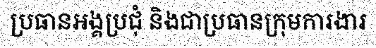
ប្រធានអង្គប្រជុំ និងជាប្រធានក្រុមការងារ